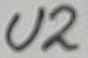
Text: U2